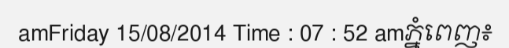
amFriday 15/08/2014 Time : 07 : 52 amភ្នំពេញ៖